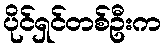
ပိုင်ရှင်တစ်ဦးက